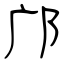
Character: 邝